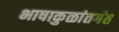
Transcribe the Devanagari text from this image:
भाषाकुळांतर्गत